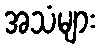
အသံများ